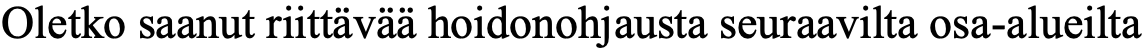
Oletko saanut riittävää hoidonohjausta seuraavilta osa-alueilta